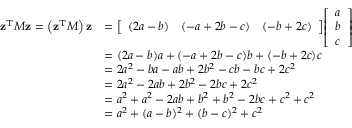
{ \begin{array} { r l } { \mathbf { z } ^ { \operatorname { T } } M \mathbf { z } = \left( \mathbf { z } ^ { \operatorname { T } } M \right) \mathbf { z } } & { = { \left[ \begin{array} { l l l } { ( 2 a - b ) } & { ( - a + 2 b - c ) } & { ( - b + 2 c ) } \end{array} \right] } { \left[ \begin{array} { l } { a } \\ { b } \\ { c } \end{array} \right] } } \\ & { = ( 2 a - b ) a + ( - a + 2 b - c ) b + ( - b + 2 c ) c } \\ & { = 2 a ^ { 2 } - b a - a b + 2 b ^ { 2 } - c b - b c + 2 c ^ { 2 } } \\ & { = 2 a ^ { 2 } - 2 a b + 2 b ^ { 2 } - 2 b c + 2 c ^ { 2 } } \\ & { = a ^ { 2 } + a ^ { 2 } - 2 a b + b ^ { 2 } + b ^ { 2 } - 2 b c + c ^ { 2 } + c ^ { 2 } } \\ & { = a ^ { 2 } + ( a - b ) ^ { 2 } + ( b - c ) ^ { 2 } + c ^ { 2 } } \end{array} }